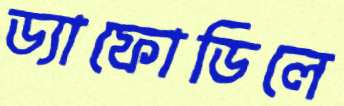
ড্যাফোডিলে